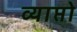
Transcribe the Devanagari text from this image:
व्याप्तो